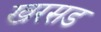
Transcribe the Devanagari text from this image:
खरसड